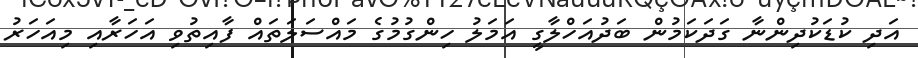
އަދި ކުޑަކުދިންނާ ގަދަކަމުން ބަދުއަހްލާގީ އަމަލު ހިންގުމުގެ މައްސަލަތައް ފާއިތުވި އަހަރާއި މިއަހަރު